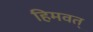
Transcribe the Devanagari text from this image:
हिमवत्